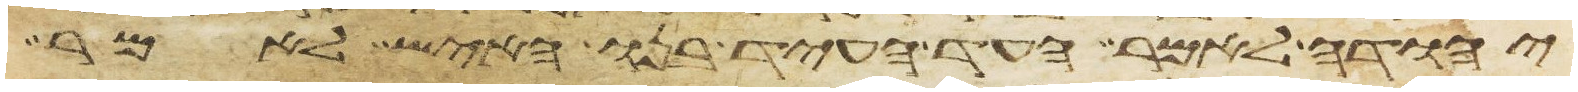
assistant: יהודה לאמר העד העד בנו האיש לאמר